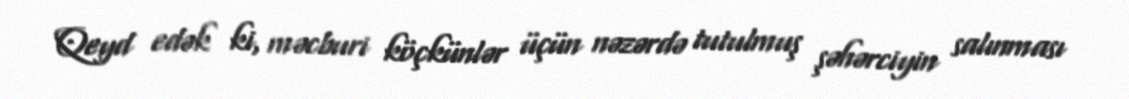
Qeyd edək ki, məcburi köçkünlər üçün nəzərdə tutulmuş şəhərciyin salınması